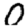
Digit: 0